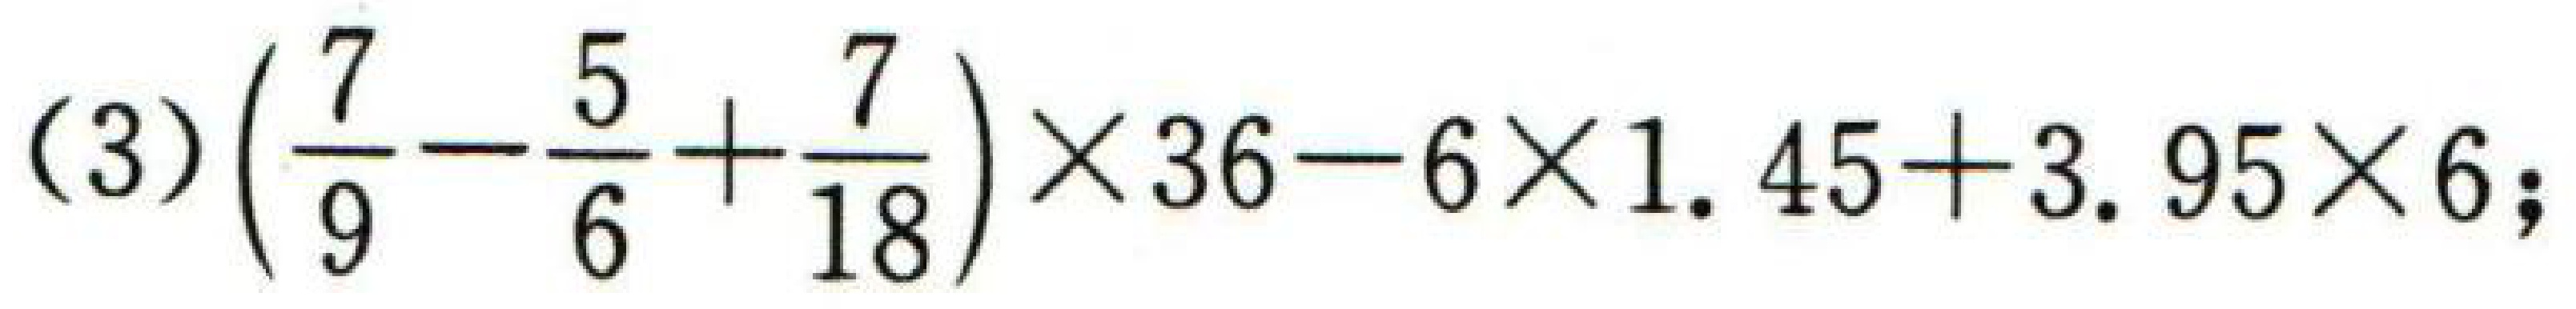
(3)$\left(\dfrac{7}{9}-\dfrac{5}{6}+\dfrac{7}{18}\right)\times36 - 6\times1.45 + 3.95\times6$；